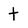
Character: t